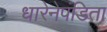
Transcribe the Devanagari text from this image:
धारेनेपंडिता